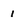
Character: 1